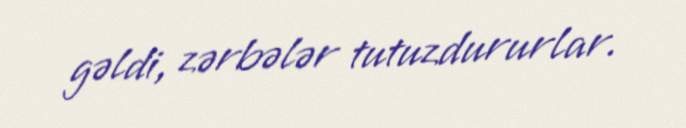
gəldi, zərbələr tutuzdururlar.